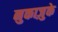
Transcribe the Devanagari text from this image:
नुकाज़ुके